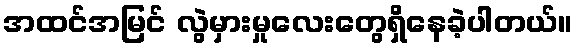
အထင်အမြင် လွဲမှားမှုလေးတွေရှိနေခဲ့ပါတယ်။